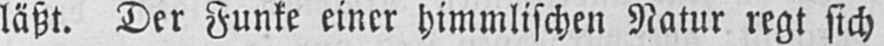
läßt. Der Funke einer himmlischen Natur regt sich